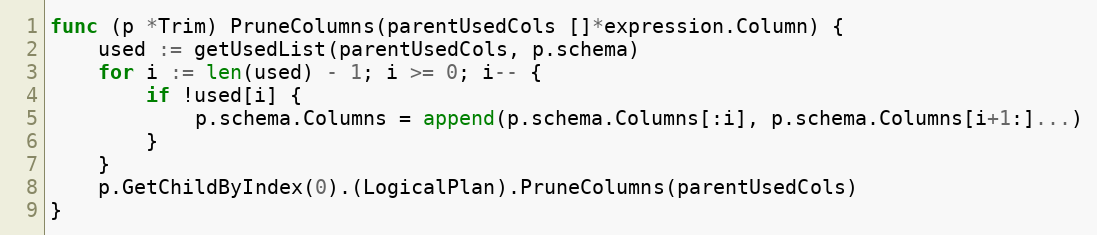
Language: Go
func (p *Trim) PruneColumns(parentUsedCols []*expression.Column) {
	used := getUsedList(parentUsedCols, p.schema)
	for i := len(used) - 1; i >= 0; i-- {
		if !used[i] {
			p.schema.Columns = append(p.schema.Columns[:i], p.schema.Columns[i+1:]...)
		}
	}
	p.GetChildByIndex(0).(LogicalPlan).PruneColumns(parentUsedCols)
}